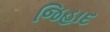
જિહાદ